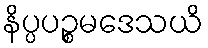
နိပ္ပပဉ္စမဒေသယိ